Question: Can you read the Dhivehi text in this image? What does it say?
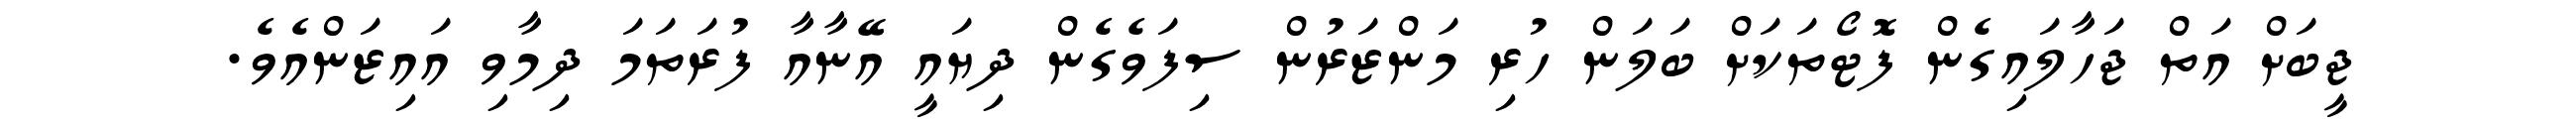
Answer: ޖީބަށް އަތް ޖަހާލައިގެން ފޮޓޯތަކަށް ބަލަން ހުރި މަންޒަރުން ސިފަވެގެން ދިޔައީ އޭނާއާ ފުރަތަމަ ދިމާވި އައިޒަންއެވެ.